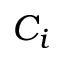
C _ { i }